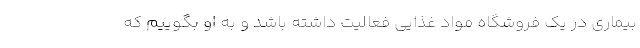
بیماری در یک فروشگاه مواد غذایی فعالیت داشته باشد و به او بگوییم که